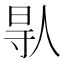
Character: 𠊛